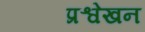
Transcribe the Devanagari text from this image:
प्रश्वेखन